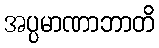
အပ္ပမာဏာဘာတိ